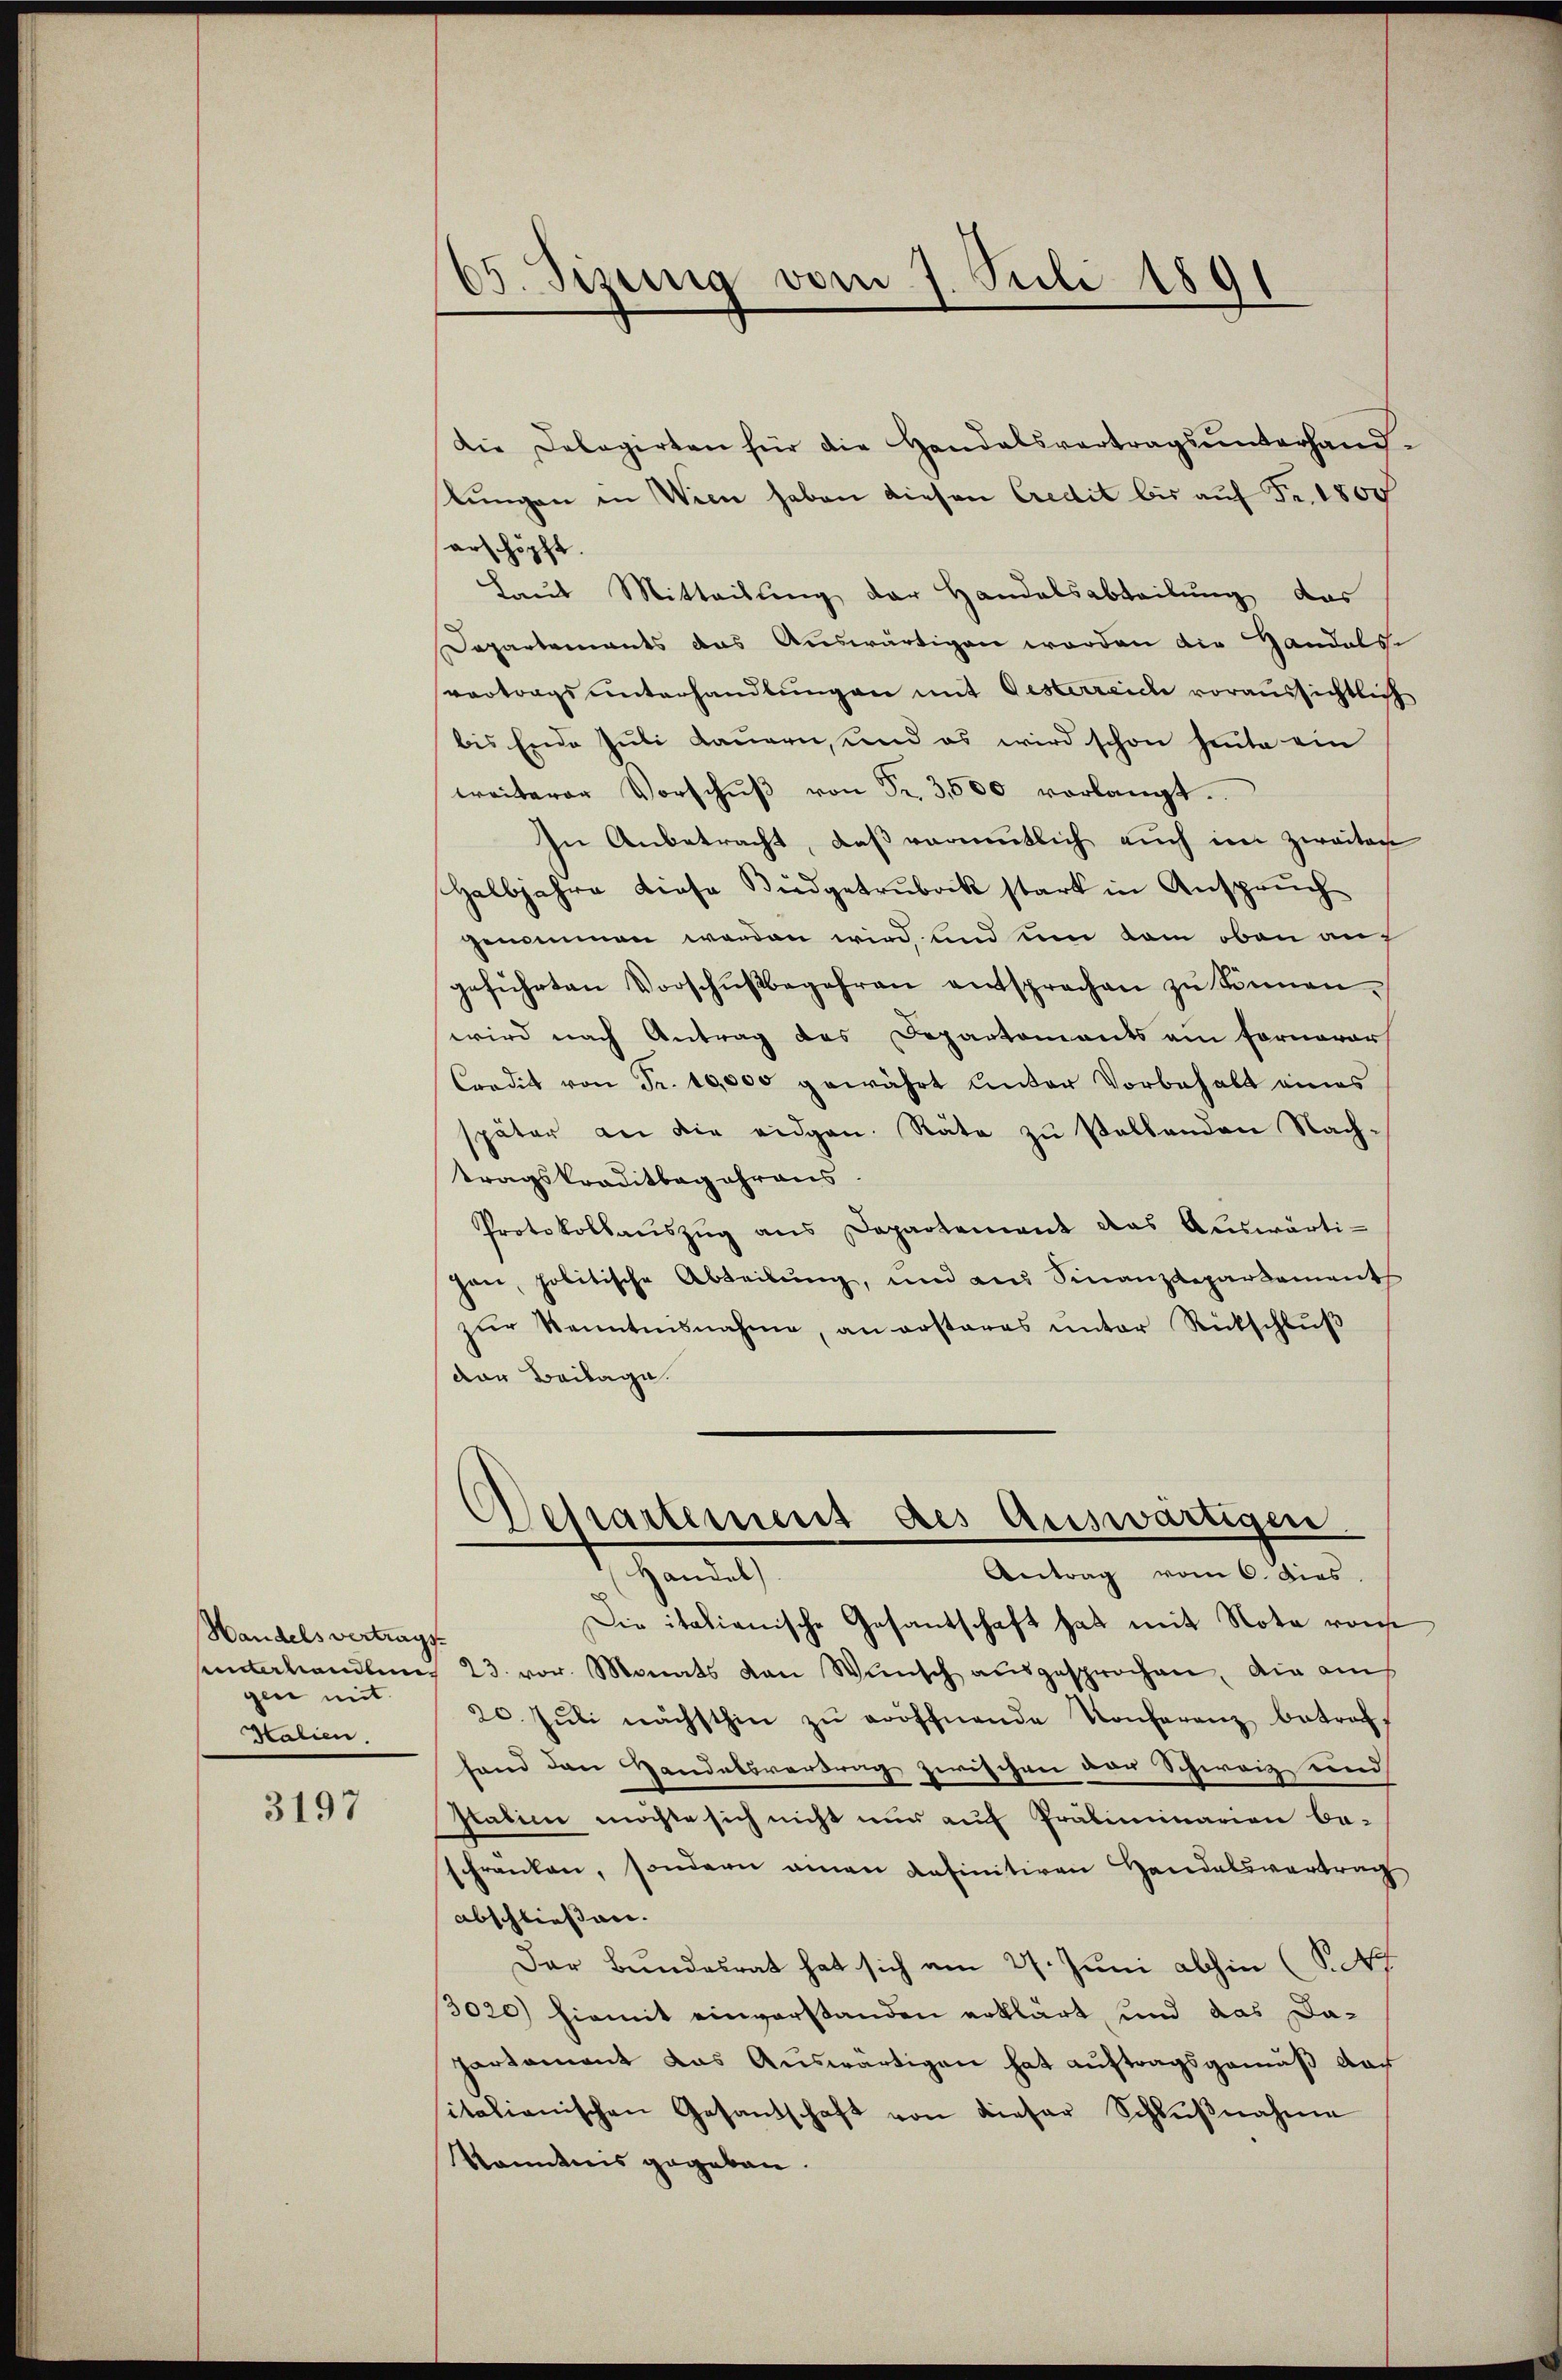
Handels vertrags
gen mit
Halien.

3197

05. Jizung vom 7. Juli 1891

Die Delegirten für die Handalsvertragsunterhand
stungen in Wien haben diesen Credit bis auf Fr. 1800
erschöpft
Laut Mitteilung der Handelsabteilung das
Departements das Auswärtigen worden die Gandels-
vertrags unterhandlungen mit Gesterreiche voraussichtlich
bis Ende Juli dauern, und es wird schon heute ein
weiterer Vorschŭβ von Fr. 3,000 vorlangt.
In Anbetracht, daß vermutlich auch im zweiten
Halbjahre diese Budgetrubock stark in Anspruch
genommen werden wird und um kam oben auc
geführten Vorschŭβbegehren entsprechen zŭ Sonnen.
wird nach Antrag des Departements am Fornovor
Credit von Fr. 10,000 gewährt unter Vorbehalt eines
später an die eidgen. Räte zu stellenden Nachtragskreditbegehrens.
Protokollsauszug aus Departement das Auswärtijan, politische Abteilŭng, und am Finanzdepartement
zŭr Kenntnisnahme, an erstares ŭnter Rückschlŭβ
der Beilage.
Departement des Auswärtigen.
Handel
Antrag vom 6. dies
Die italienische Gesandschaft hat mit Nota von
sainterhandlung 23. vor. Monats von Wünsch ausgesprochen, die aus
20. Jŭli nächsthin zŭ eröffnende Konferenz betref-
fand den Handelsvertrag zwischen der Schweiz und
stalien möchte sich nicht nur auf Präliminarien beschränken, sondern einen definitiven Handelsvertrag
abschliessen.
Der Bundesrat hat sich am 27. Juni abhin (S.
3020) hiemit einverstanden erklärt, und das Dapartament das Auswärtigen hat auftragsgemäß dar
italienischen Gesandschaft von dieser Schlŭβnahme
Kenntnis gegeben.